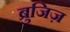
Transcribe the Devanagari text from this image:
ब्रुजिज़